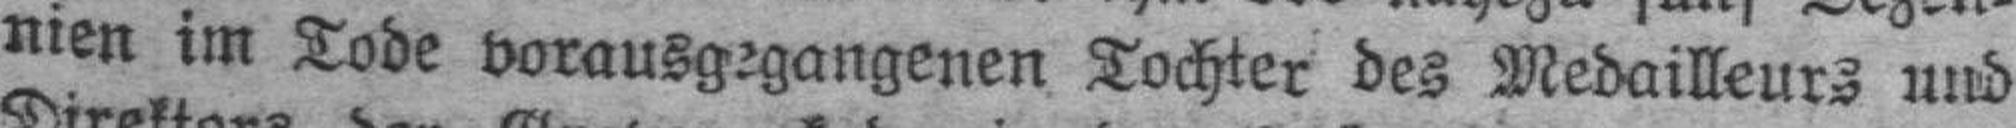
nien im Tode vorausgegangenen Tochter des Medailleurs und